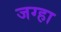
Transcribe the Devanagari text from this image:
जग्हा